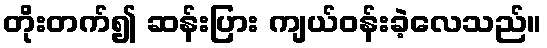
တိုးတက်၍ ဆန်းပြား ကျယ်ဝန်းခဲ့လေသည်။